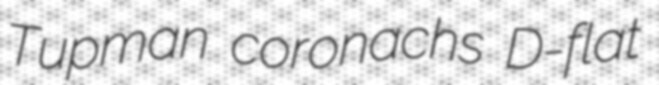
Tupman coronachs D-flat